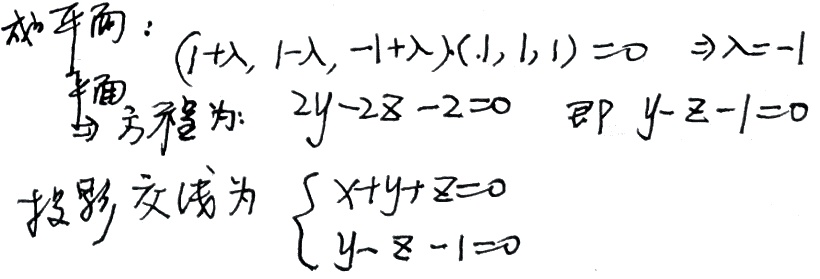
求平面：
$$(1 + \lambda,1-\lambda,-1+\lambda)\cdot(1,1,1)=0\Rightarrow\lambda=-1$$
平面方程为：$2y - 2z-2 = 0$，即 $y - z - 1=0$。
投影交线为
$$\begin{cases}
x + y+z = 0\\
y - z - 1=0
\end{cases}$$